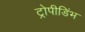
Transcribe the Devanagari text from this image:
ट्रोपीडिंभ